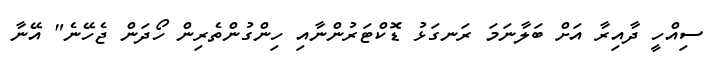
ސިއްހީ ދާއިރާ އަށް ބަލާނަމަ ރަނގަޅު ޑޮކްޓަރުންނާއި ހިންގުންތެރިން ހޯދަން ޖެހޭނެ" އޭނާ